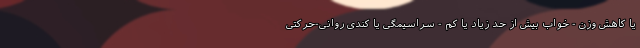
یا کاهش وزن - خواب بیش از حد زیاد یا کم - سراسیمگی یا کندی روانی-حرکتی